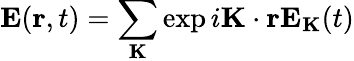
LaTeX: \mathbf{E}(\mathbf{r},t)=\sum_{\mathbf{K}}\exp{i\mathbf{K}\cdot\mathbf{r}}\mathbf{E}_{\mathbf{K}}(t)